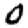
Digit: 0